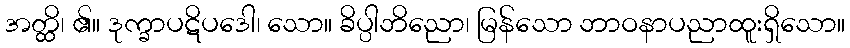
အတ္ထိ၊ ၏။ ဒုက္ခာပဋိပဒေါ၊ သော။ ခိပ္ပါဘိညော၊ မြန်သော ဘာဝနာပညာထူးရှိသော။